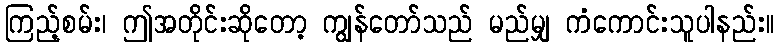
ကြည့်စမ်း၊ ဤအတိုင်းဆိုတော့ ကျွန်တော်သည် မည်မျှ ကံကောင်းသူပါနည်း။